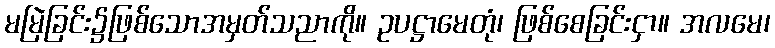
မမြဲခြင်း၌ဖြစ်သောအမှတ်သညာကို။ ဥပဋ္ဌာမေတုံ၊ ဖြစ်စေခြင်းငှာ။ အလမေ၊